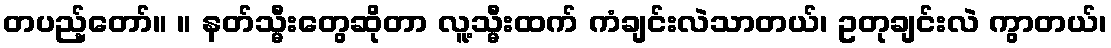
တပည့်တော်။ ။ နတ်သ္မီးတွေဆိုတာ လူ့သ္မီးထက် ကံချင်းလဲသာတယ်၊ ဥတုချင်းလဲ ကွာတယ်၊